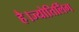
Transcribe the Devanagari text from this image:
है।ज्योतिर्लिंग